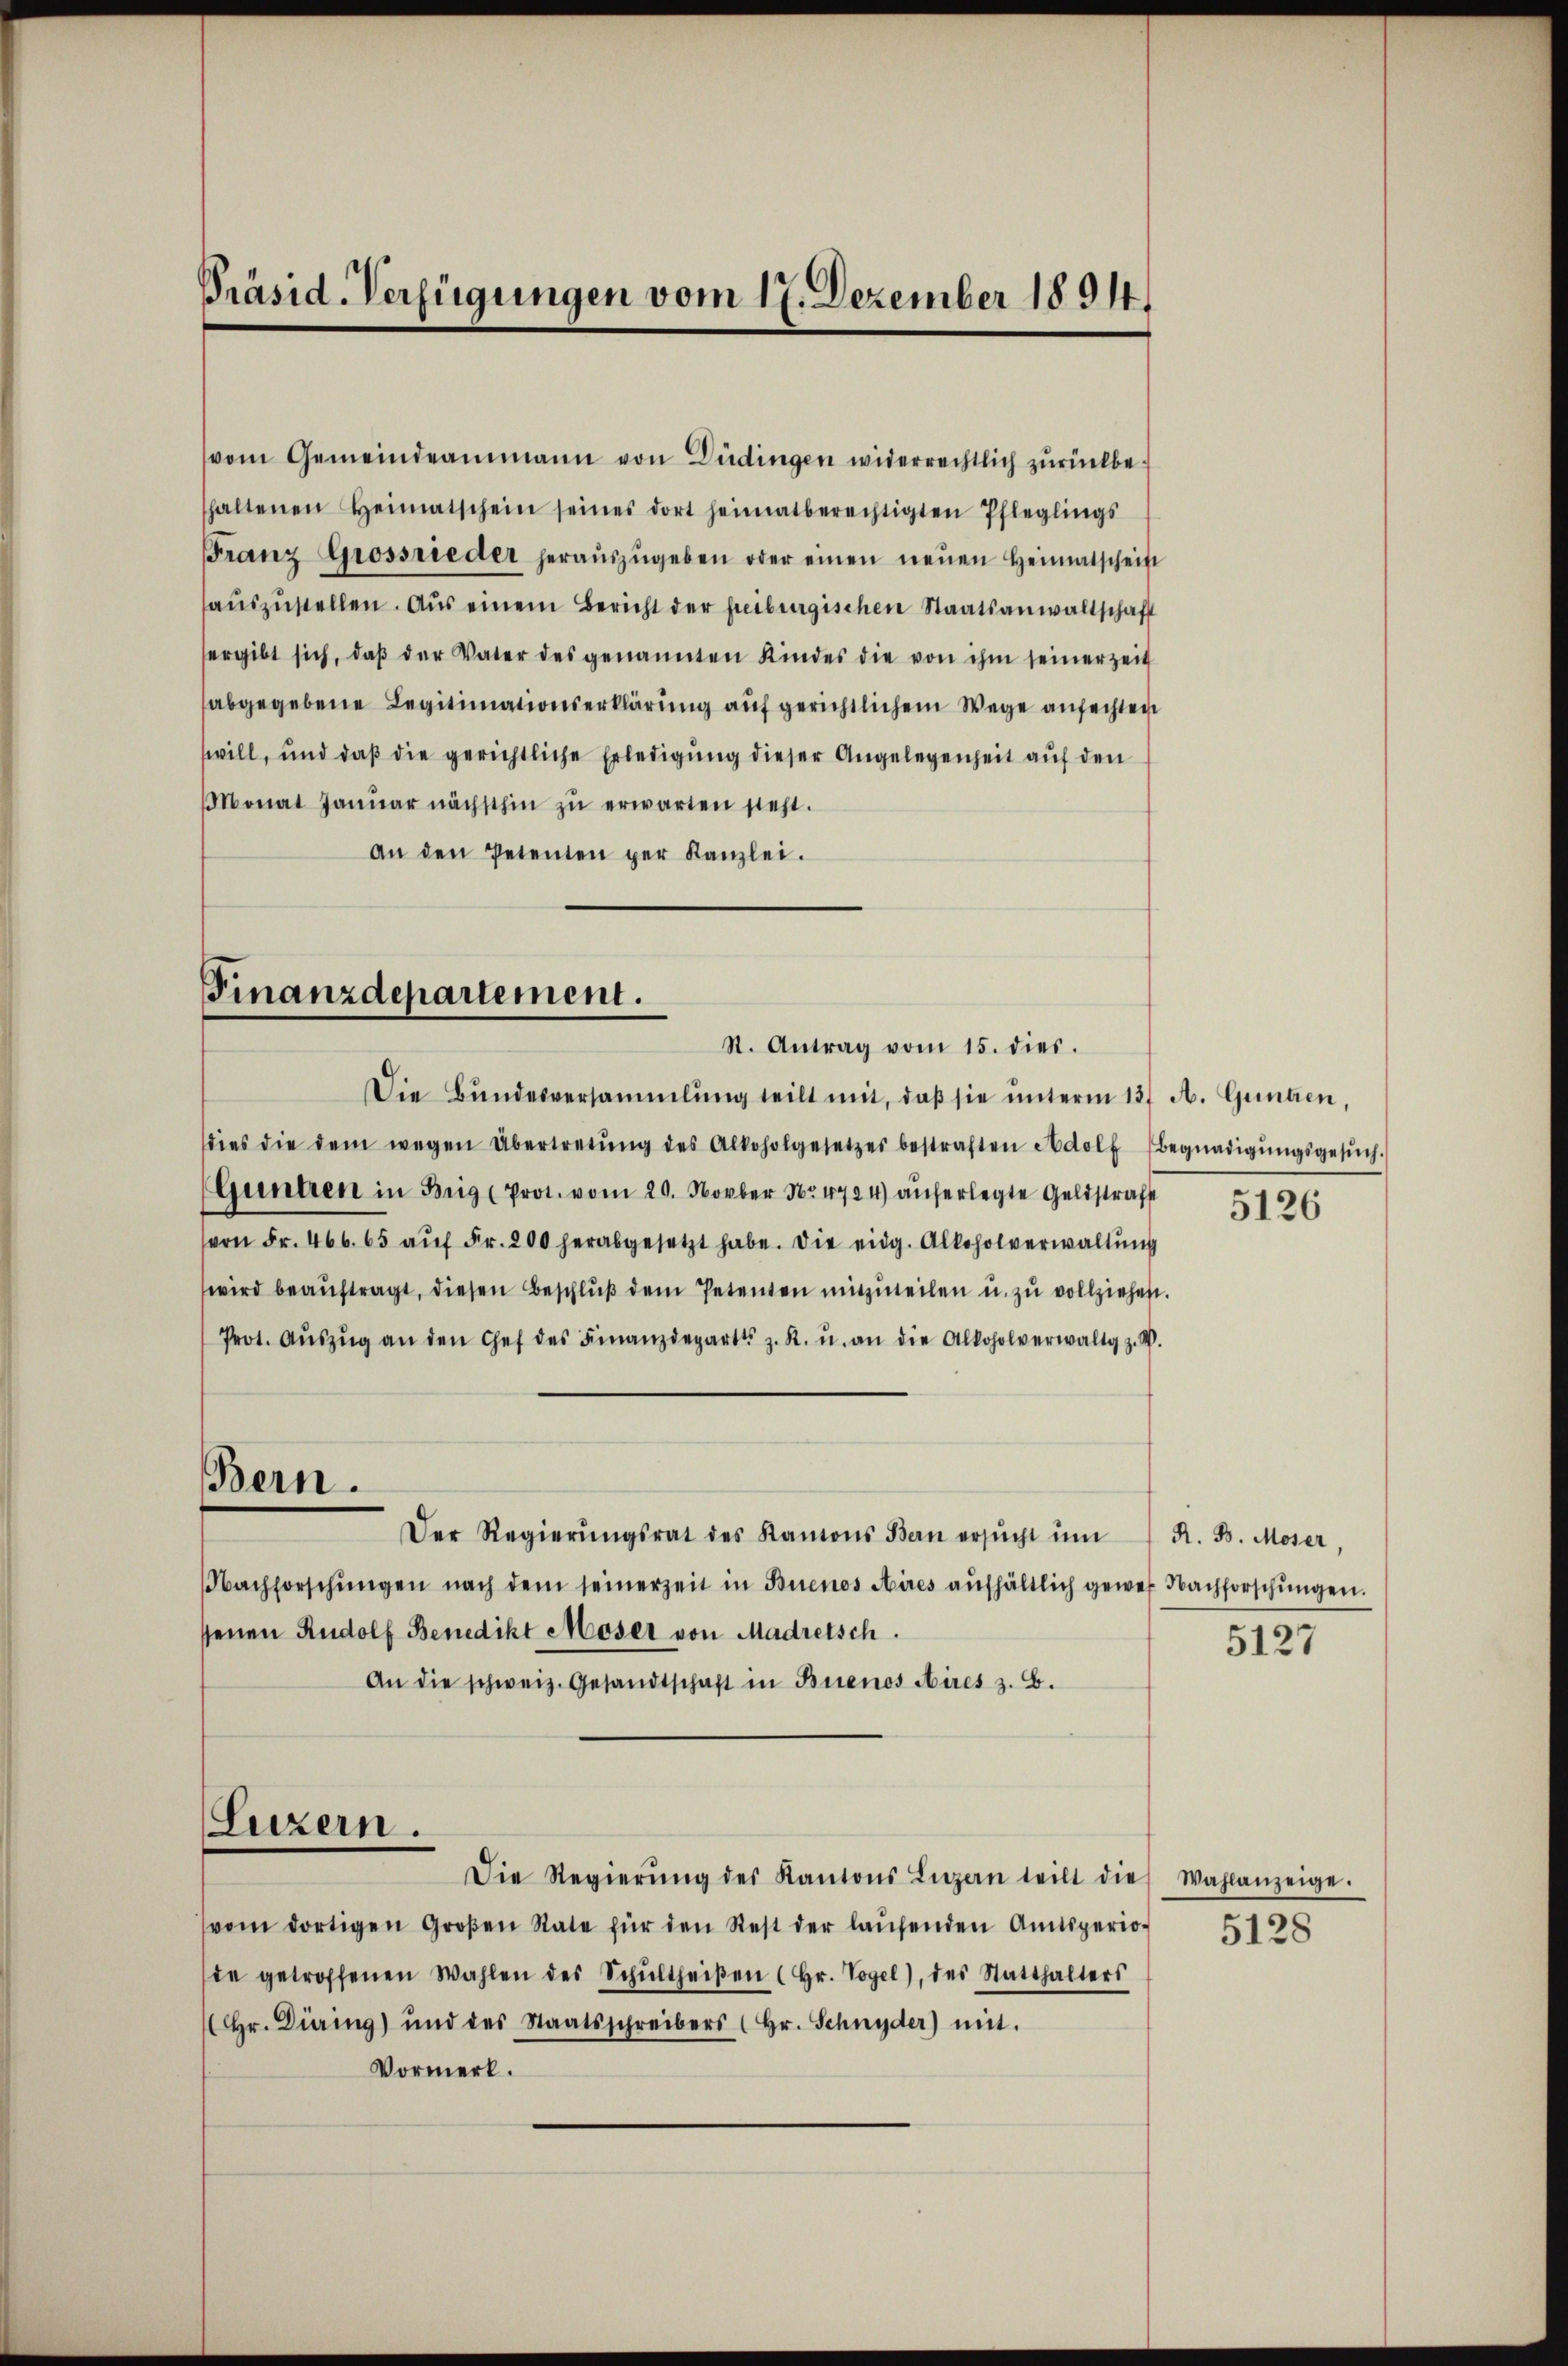
Präsid. Verfügungen vom 17. Dezember 1894.

(vom Gemeindeammann von Düdingen widerrechtlich zŭrückbethaltenen Heimatschein seines dort heimatberechtigten Pfleglings
Franz Grossrieder heraŭszŭgeben oder einen neŭen Heimatscheit
aŭszŭstellen. Aus einem Bericht der freiburgischen Staatsanwaltschaft
ergibt sich, daβ der Vater des genannten Kindes die von ihm seinerzeit
abgegebene Legitimationserklärung auf gerichtlichem Wege anfechten
will, und daβ die gerichtliche Erledigŭng dieser Angelegenheit auf den
Monat Janŭar nächsthin zŭ erwarten steht.
an den Petenten per Kanzlei.

Finanzdepartement.
St. Antrag vom 15. dies.

Bern.

Die Bundesversammlung teilt mit, daβ sie ŭnterm 13. A. Gunden,
dies die dem wegen Übertretŭng des Alkoholgesetzes bestraften Adolf Begnadigŭngsgesŭch.
Guntren in Brig (Prot. vom 20. Novber Nr 4724) auferlegte Geldstrafs
von Fr. 466. 65 aŭf Fr. 200 herabgesetzt habe. Die eidg. Alkoholverwaltŭng
wird beaŭftragt, diesen Beschlŭβ dem Petenten mitzŭteilen u. zu vollziehen.
Prot. Aŭszŭg an den Chef des Finanzdepart z. R. u. an die Alkoholverwaltg z. W.
Der Regierŭngsrat des Kantons Bern ersŭcht ŭm
Nachforschŭngen nach dem seinerzeit in Buenos Aires aŭfhältlich gewes Nachforschŭngen.
senen Rudolf Benedikt Moser von Madretsch.
An die schweiz. Gesandtschaft in Buenos Aires z. B.
Luzern.
Die Regierŭng des Kantons Luzern teilt die Wahlanzeige.
vom dortigen Großen Rate für den Rest der laŭfenden Amtsperio-
de getroffenen Wahlen des Schŭltheiβen (Hr. Vogel), des Statthalters
Hr. Düring und des Staatsschreibers (hr. Schnyder) mit.
Vormerk.

5126

R. B. Moser,

5127

5128